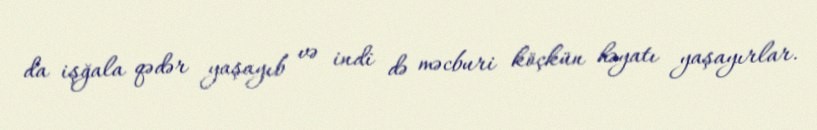
da işğala qədər yaşayıb və indi də məcburi köçkün həyatı yaşayırlar.